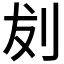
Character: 𪟁